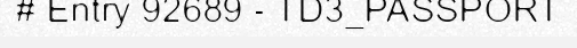
# Entry 92689 - TD3_PASSPORT